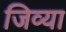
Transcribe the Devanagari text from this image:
जिव्या